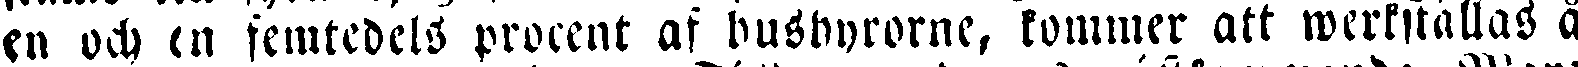
en och en femtedels procent af busbyrorne, kommer att werkställas å